Code of medical and sanitary regulations for the guidance of medical officers serving in the Madras Presidency - Volume II
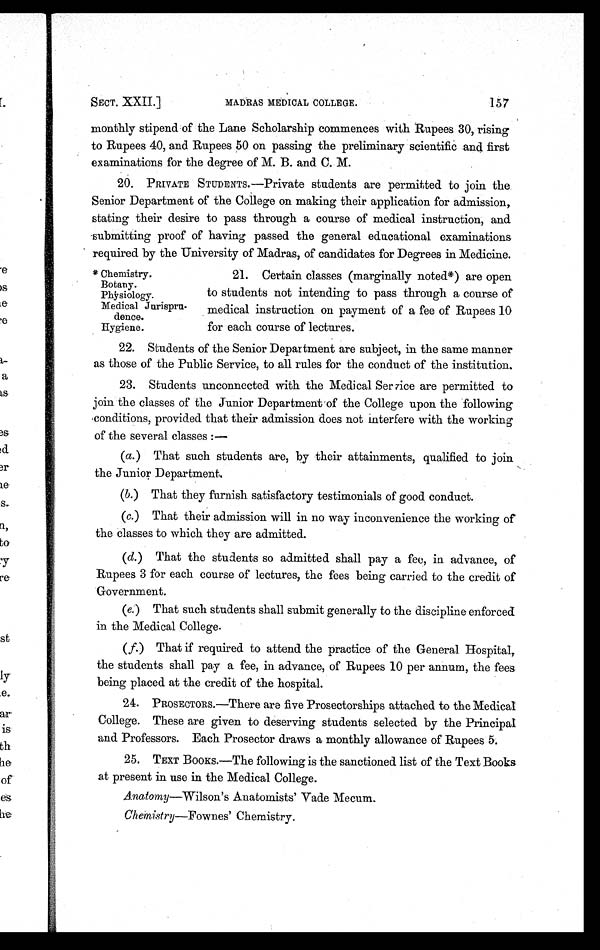
SECT. XXII.]
MADRAS MEDICAL COLLEGE.
157
monthly stipend of the Lane Scholarship commences with Rupees 30, rising
to Rupees 40, and Rupees 50 on passing the preliminary scientific and first
examinations for the degree of M. B. and C. M.
20. PRIVATE STUDENTS.—Private students are permitted to join the
Senior Department of the College on making their application for admission,
stating their desire to pass through a course of medical instruction, and
submitting proof of having passed the general educational examinations-
required by the University of Madras, of candidates for Degrees in Medicine.
21. Certain classes (marginally noted*) are open
to students not intending to pass through a course of
medical instruction on payment of a fee of Rupees 10
for each course of lectures.
22. Students of the Senior Department are subject, in the same manner
as those of the Public Service, to all rules for the conduct of the institution.
23. Students unconnected with the Medical Service are permitted to
join the classes of the Junior Department of the College upon the following
conditions, provided that their admission does not interfere with the working
of the several classes:—
(a.) That such students are, by their attainments, qualified to join
the Junior Department.
(b.) That they furnish satisfactory testimonials of good conduct.
(c.) That their admission will in no way inconvenience the working of
the classes to which they are admitted.
(d.) That the students so admitted shall pay a fee, in advance, of
Rupees 3 for each course of lectures, the fees being carried to the credit of
Government.
(e.) That such students shall submit generally to the discipline enforced
in the Medical College.
(f.) That if required to attend the practice of the General Hospital,
the students shall pay a fee, in advance, of Rupees 10 per annum, the fees
being placed at the credit of the hospital.
24. PROSECTORS.—There are five Prosectorships attached to the Medical
College. These are given to deserving students selected by the Principal
and Professors. Each Prosector draws a monthly allowance of Rupees 5.
25. TEXT BOOKS.—The following is the sanctioned list of the Text Books
at present in use in the Medical College.
Anatomy—Wilson's Anatomists' Vade Mecum.
Chemistry—Fownes' Chemistry.
* Chemistry.
Botany.
Physiology.
Medical Jurispru-
dence.
Hygiene.